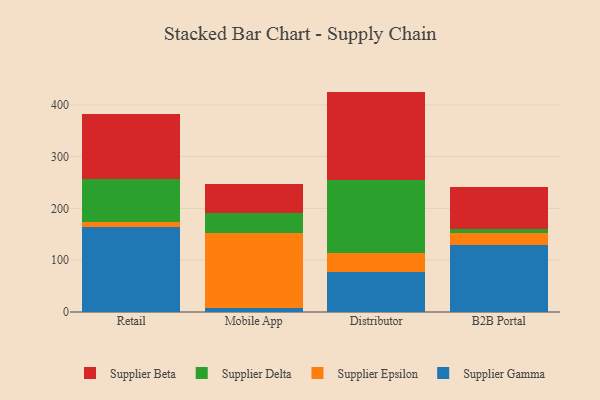
{"axis": {"x": "Channel", "y": "Inventory Turnover"}, "legend": ["Supplier Beta", "Supplier Delta", "Supplier Epsilon", "Supplier Gamma"], "data": [{"x": "Retail", "y": 164.6, "type": "Supplier Gamma"}, {"x": "Retail", "y": 8.7, "type": "Supplier Epsilon"}, {"x": "Retail", "y": 83.6, "type": "Supplier Delta"}, {"x": "Retail", "y": 126.4, "type": "Supplier Beta"}, {"x": "Mobile App", "y": 7.6, "type": "Supplier Gamma"}, {"x": "Mobile App", "y": 145.5, "type": "Supplier Epsilon"}, {"x": "Mobile App", "y": 37.3, "type": "Supplier Delta"}, {"x": "Mobile App", "y": 57.1, "type": "Supplier Beta"}, {"x": "Distributor", "y": 77.8, "type": "Supplier Gamma"}, {"x": "Distributor", "y": 36.5, "type": "Supplier Epsilon"}, {"x": "Distributor", "y": 141.2, "type": "Supplier Delta"}, {"x": "Distributor", "y": 170.1, "type": "Supplier Beta"}, {"x": "B2B Portal", "y": 129.0, "type": "Supplier Gamma"}, {"x": "B2B Portal", "y": 24.4, "type": "Supplier Epsilon"}, {"x": "B2B Portal", "y": 6.3, "type": "Supplier Delta"}, {"x": "B2B Portal", "y": 82.6, "type": "Supplier Beta"}]}